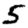
Digit: 5